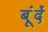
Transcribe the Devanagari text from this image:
बूंंदें